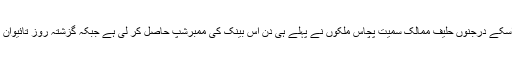
امریکہ کی کوشش کے باوجود اسکے درجنوں حلیف ممالک سمیت پچاس ملکوں نے پہلے ہی دن اس بینک کی ممبرشپ حاصل کر لی ہے جبکہ گزشتہ روز تائیوان بھی اسکاباقائدہ ممبر بن گیا ہے۔